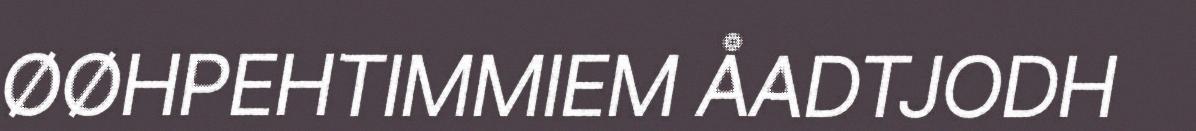
ØØHPEHTIMMIEM ÅADTJODH